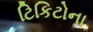
ટિકિટોના